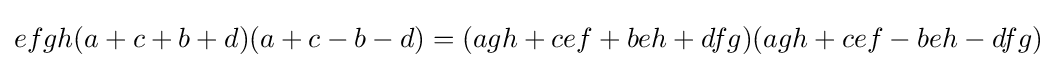
efgh(a+c+b+d)(a+c-b-d)=(agh+cef+beh+dfg)(agh+cef-beh-dfg)